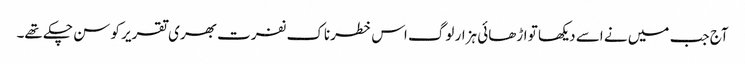
آج جب میں نے اسے دیکھا تو اڑھائی ہزار لوگ اس خطرناک نفرت بھری تقریر کو سن چکے تھے۔